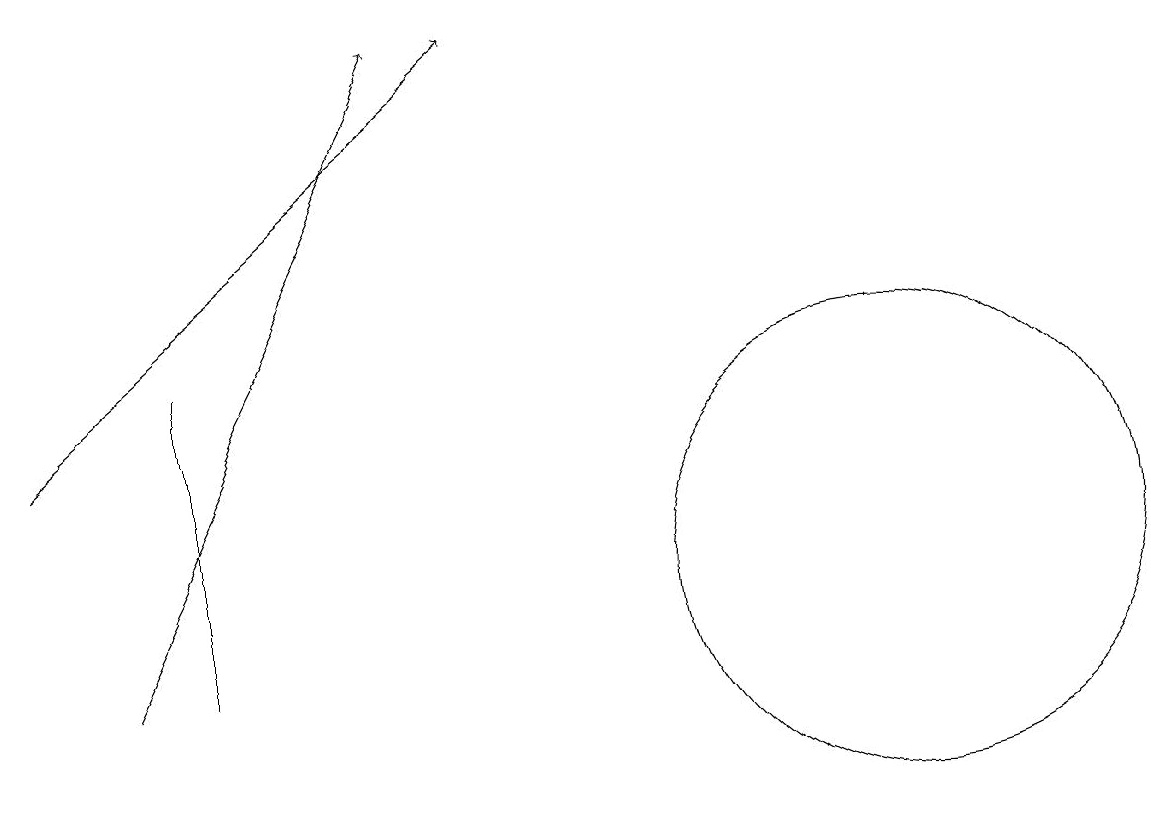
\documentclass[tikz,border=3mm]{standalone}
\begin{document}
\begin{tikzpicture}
\draw (3,10) rectangle (3,14);
\draw (12,11) circle (3);
\draw[->] (1,13) -- (7,18);
\draw[->] (2,10) -- (6,18);
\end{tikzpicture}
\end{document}